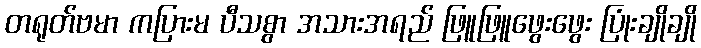
တရုတ်ဗမာ ကပြားမ ပီသစွာ အသားအရည် ဖြူဖြူဖွေးဖွေး ပြုံးချိုချို